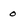
Character: o